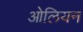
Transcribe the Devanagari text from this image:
ओलियन